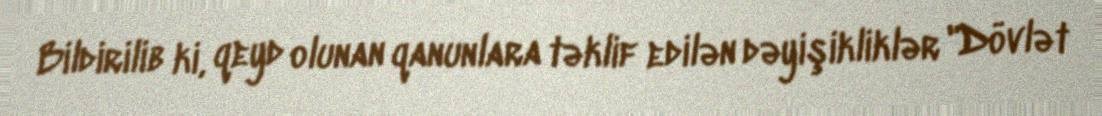
Bildirilib ki, qeyd olunan qanunlara təklif edilən dəyişikliklər "Dövlət